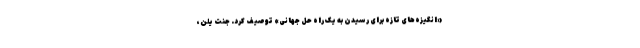
«انگیزه‌های تازه برای رسیدن به یک راه حل جهانی» توصیف کرد. جنت یلن،